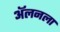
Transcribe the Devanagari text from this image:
अॅलनला